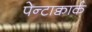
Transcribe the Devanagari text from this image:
पेन्टाक्वार्क